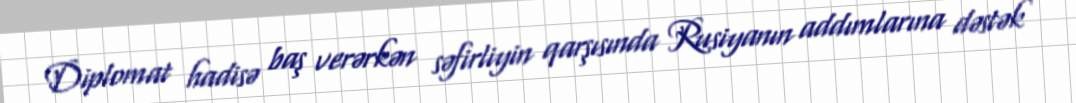
Diplomat hadisə baş verərkən səfirliyin qarşısında Rusiyanın addımlarına dəstək